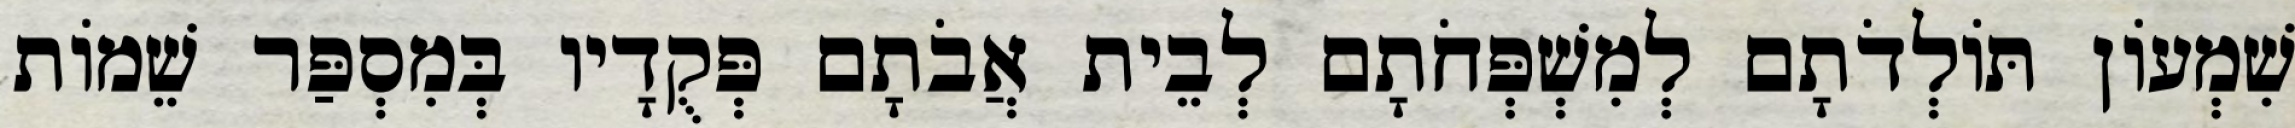
שִׁמְעוֹן תּוֹלְדֹתָם לְמִשְׁפְּחֹתָם לְבֵית אֲבֹתָם פְּקֻדָיו בְּמִסְפַּר שֵׁמוֹת